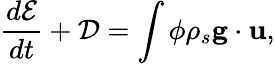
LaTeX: \frac{d\mathcal E}{dt}+\mathcal D=\int\phi\rho_{s}{\mathbf g}\cdot{\mathbf u},